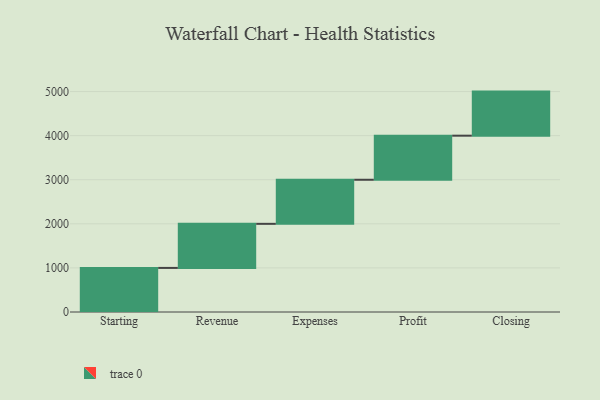
{"axis": {"x": "Step", "y": "Value"}, "legend": [""], "data": [{"x": "Starting", "y": 1000, "type": ""}, {"x": "Revenue", "y": 1000, "type": ""}, {"x": "Expenses", "y": 1000, "type": ""}, {"x": "Profit", "y": 1000, "type": ""}, {"x": "Closing", "y": 1000, "type": ""}]}